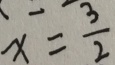
x = \frac { 3 } { 2 }